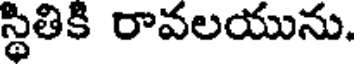
స్థితికి రావలయును.